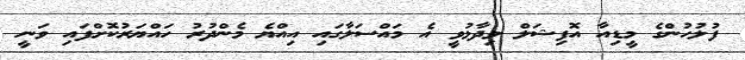
ފުލުހުންގެ މީޑިއާ އޮފިޝަލް ވިދާޅުވީ އެ މައްސަލާގައި އިއްޔެ މެންދުރު ހައްޔަރުކޮށްފައި ވަނީ